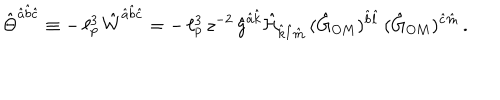
\hat { \Theta } ^ { \hat { a } \hat { b } \hat { c } } \equiv - \, \ell _ { p } ^ { 3 } \, \hat { W } ^ { \hat { a } \hat { b } \hat { c } } = - \, \ell _ { p } ^ { 3 } \, z ^ { - 2 } \, \hat { g } ^ { \hat { a } \hat { k } } \hat { \cal H } _ { \hat { k } \hat { l } \hat { m } } \, ( \hat { G } _ { O M } ) ^ { \hat { b } \hat { l } } \, ( \hat { G } _ { O M } ) ^ { \hat { c } \hat { m } } \, .